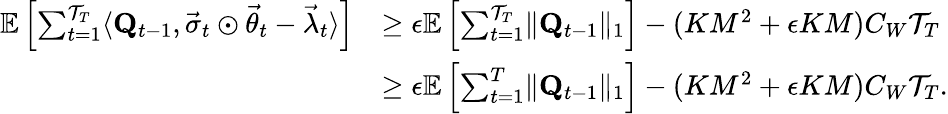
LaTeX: \begin{array}{rl}{\mathbb E\left[\sum_{t=1}^{\mathcal T_{T}}\langle\mathbf Q_{t-1},\vec{\sigma}_{t}\odot\vec{\theta}_{t}-\vec{\lambda}_{t}\rangle\right]}&{\ge\epsilon\mathbb E\left[\sum_{t=1}^{\mathcal T_{T}}\lVert\mathbf Q_{t-1}\rVert_{1}\right]-(KM^{2}+\epsilon KM)C_{W}\mathcal T_{T}}\\ &{\ge\epsilon\mathbb E\left[\sum_{t=1}^{T}\lVert\mathbf Q_{t-1}\rVert_{1}\right]-(KM^{2}+\epsilon KM)C_{W}\mathcal T_{T}.}\end{array}